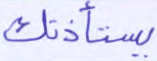
يستأذنك